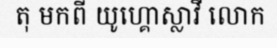
តុ មកពី យូហ្គោស្លាវី លោក